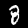
Digit: 8